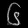
Digit: ၆